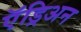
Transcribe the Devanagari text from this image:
ऍड्रिअन